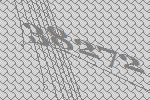
38272